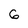
Character: 6